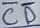
Text: CD